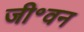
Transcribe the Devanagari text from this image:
जी॰वन